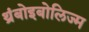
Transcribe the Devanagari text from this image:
थ्रंबोइबोलिज्म